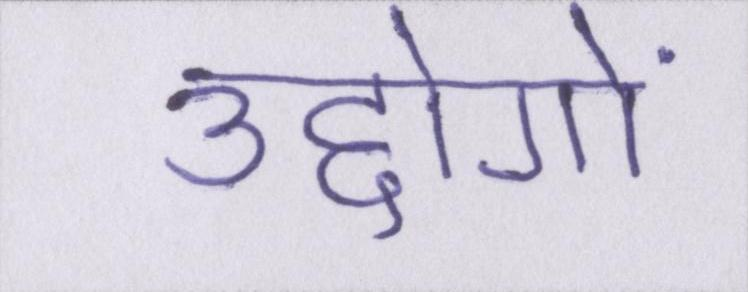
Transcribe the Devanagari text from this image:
उद्दोगों